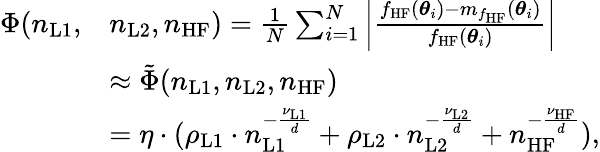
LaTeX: \begin{array}{rl}{\Phi(n_{\mathrm{L1}},}&{n_{\mathrm{L2}},n_{\mathrm{HF}})=\frac{1}{N}\sum_{i=1}^{N}\left\lvert\frac{f_{\mathrm{HF}}(\boldsymbol{\theta}_{i})-m_{f_{\mathrm{HF}}}(\boldsymbol{\theta}_{i})}{f_{\mathrm{HF}}(\boldsymbol{\theta}_{i})}\right\rvert}\\ &{\approx\tilde{\Phi}(n_{\mathrm{L1}},n_{\mathrm{L2}},n_{\mathrm{HF}})}\\ &{=\eta\cdot(\rho_{\mathrm{L1}}\cdot n_{\mathrm{L1}}^{-\frac{\nu_{\mathrm{L1}}}{d}}+\rho_{\mathrm{L2}}\cdot n_{\mathrm{L2}}^{-\frac{\nu_{\mathrm{L2}}}{d}}+n_{\mathrm{HF}}^{-\frac{\nu_{\mathrm{HF}}}{d}}),}\end{array}